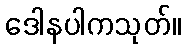
ဒေါနပါကသုတ်။